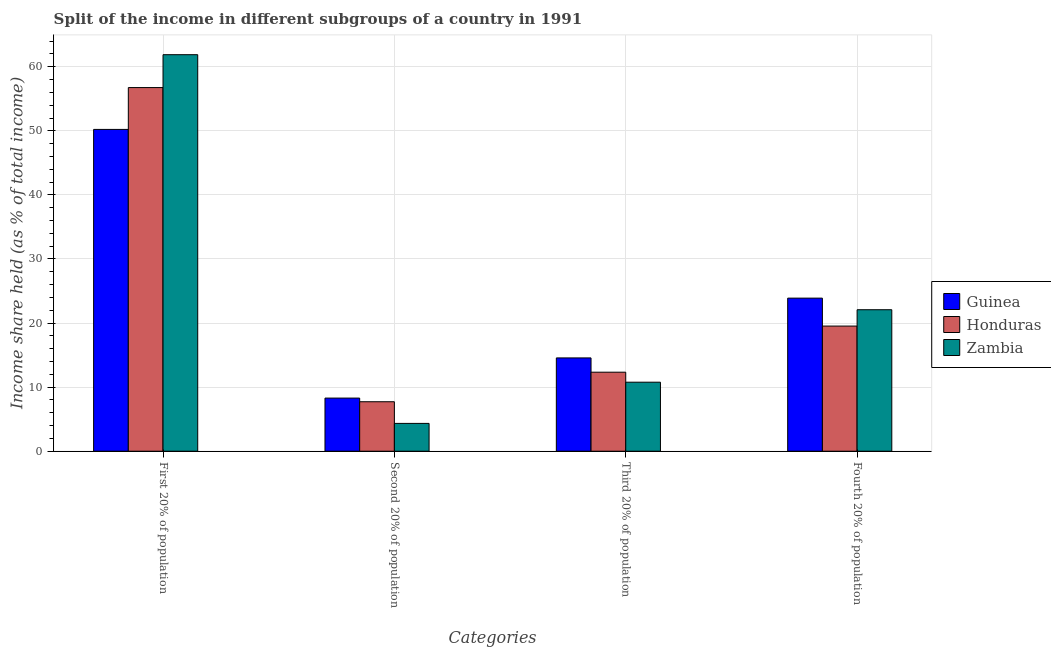
| Categories | Guinea | Honduras | Zambia |
 | --- | --- | --- | --- |
 | First 20% of population | 50.2 | 56.8 | 61.9 |
 | Second 20% of population | 8.29 | 7.72 | 4.34 |
 | Third 20% of population | 14.6 | 12.3 | 10.8 |
 | Fourth 20% of population | 23.9 | 19.5 | 22.1 |